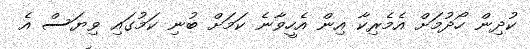
ކުދިން ހޯދުމަށް އެމެރިކާ އިން އެހީވާނެ ކަމަށް ބުނި ކަމުގައި ވިޔަސް އެ